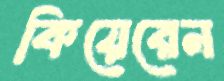
কিয়েরেন